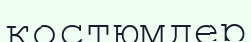
костюмдер